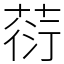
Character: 葕